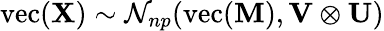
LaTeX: \mathrm{vec}(\mathbf{X})\sim{\mathcal{N}}_{np}(\mathrm{vec}(\mathbf{M}),\mathbf{V}\otimes\mathbf{U})